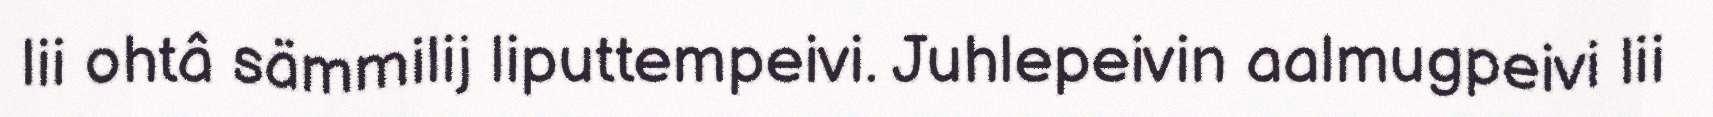
lii ohtâ sämmilij liputtempeivi. Juhlepeivin aalmugpeivi lii